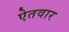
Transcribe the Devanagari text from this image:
ऐतवार